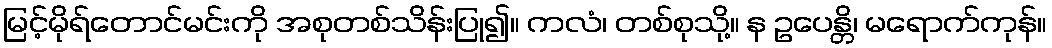
မြင့်မိုရ်တောင်မင်းကို အစုတစ်သိန်းပြု၍။ ကလံ၊ တစ်စုသို့။ န ဥပေန္တိ၊ မရောက်ကုန်။